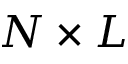
N \times L